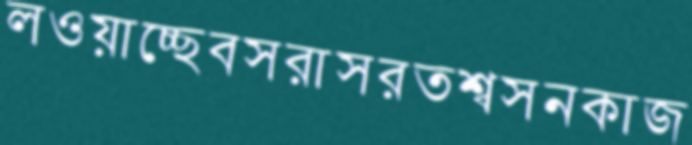
লওয়াচ্ছেবসরাসরতশ্বসনকাজ